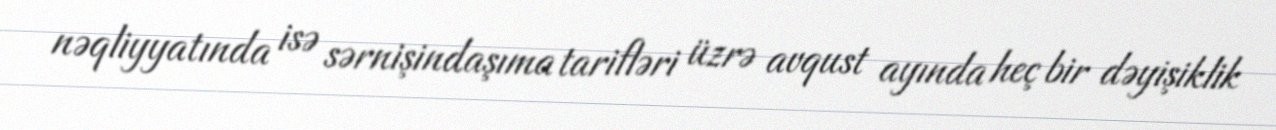
nəqliyyatında isə sərnişindaşıma tarifləri üzrə avqust ayında heç bir dəyişiklik